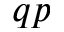
q p